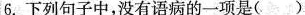
6.下列句子中，没有语病的一项是( )